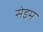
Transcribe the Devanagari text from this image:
सेइम